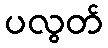
ပလွတ်